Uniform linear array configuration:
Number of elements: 64
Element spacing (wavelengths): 0.75
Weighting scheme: binomial
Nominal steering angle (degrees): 60
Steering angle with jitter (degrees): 59.486
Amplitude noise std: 0.05
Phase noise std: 0.05

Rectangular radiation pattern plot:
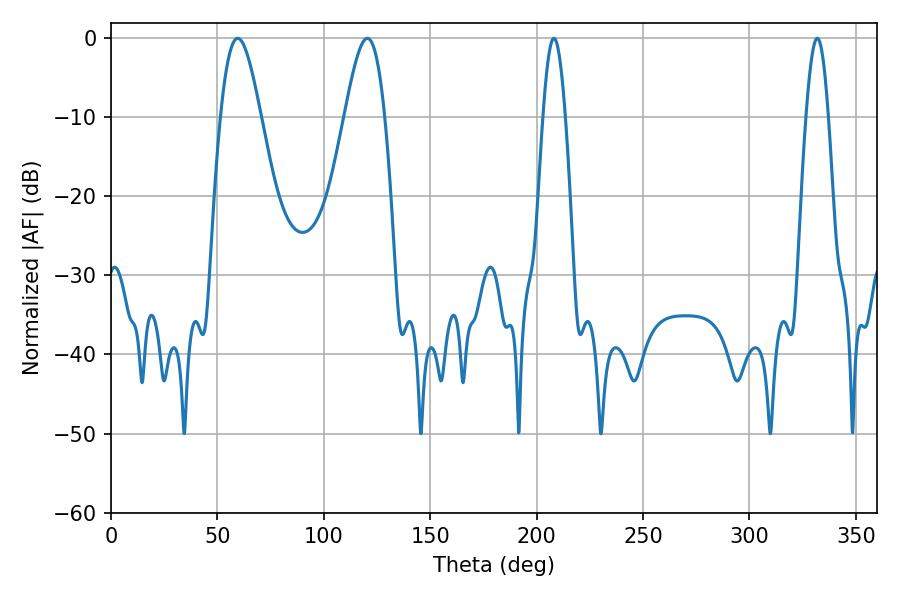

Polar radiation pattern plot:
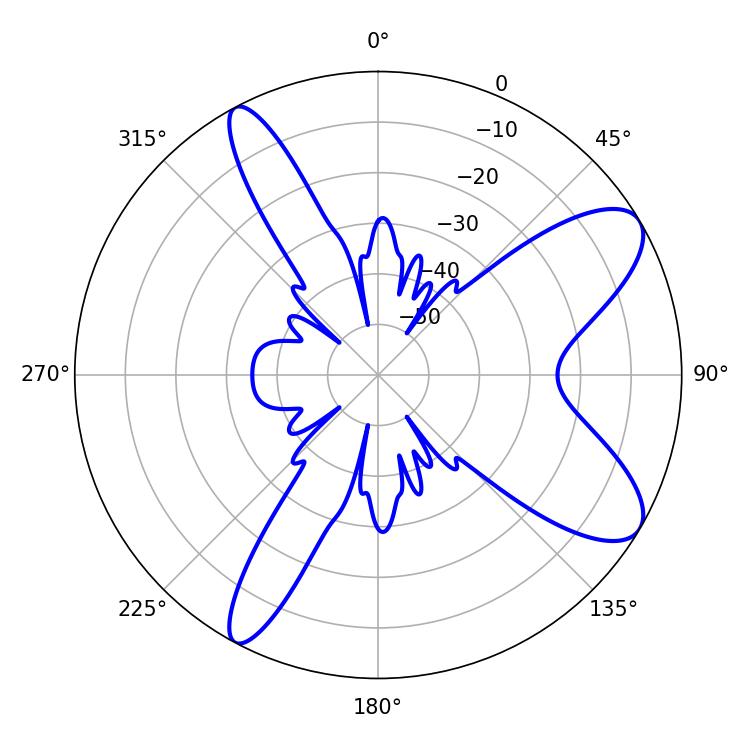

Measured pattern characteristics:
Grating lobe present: TRUE
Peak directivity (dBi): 9.268
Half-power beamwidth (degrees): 10.08
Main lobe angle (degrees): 120.42